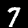
Digit: 7